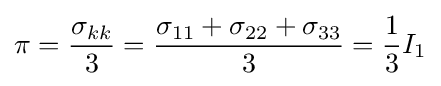
\pi ={\frac {\sigma _{kk}}{3}}={\frac {\sigma _{11}+\sigma _{22}+\sigma _{33}}{3}}={\frac {1}{3}}I_{1}